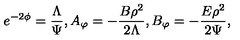
e ^ { - 2 \phi } = \frac { \Lambda } { \Psi } , A _ { \varphi } = - \frac { B \rho ^ { 2 } } { 2 \Lambda } , B _ { \varphi } = - \frac { E \rho ^ { 2 } } { 2 \Psi } ,